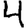
Digit: 4